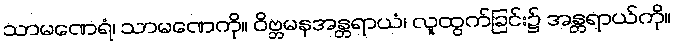
သာမဏေရံ၊ သာမဏေကို။ ဝိဗ္ဘမနအန္တရာယံ၊ လူထွက်ခြင်း၌ အန္တရာယ်ကို။